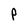
Character: P